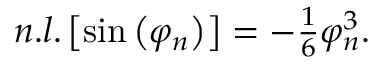
\begin{array} { r } { n . l . \left[ \sin \left( \varphi _ { n } \right) \right] = - \frac { 1 } { 6 } \varphi _ { n } ^ { 3 } . } \end{array}